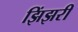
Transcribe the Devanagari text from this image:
झिंझरी